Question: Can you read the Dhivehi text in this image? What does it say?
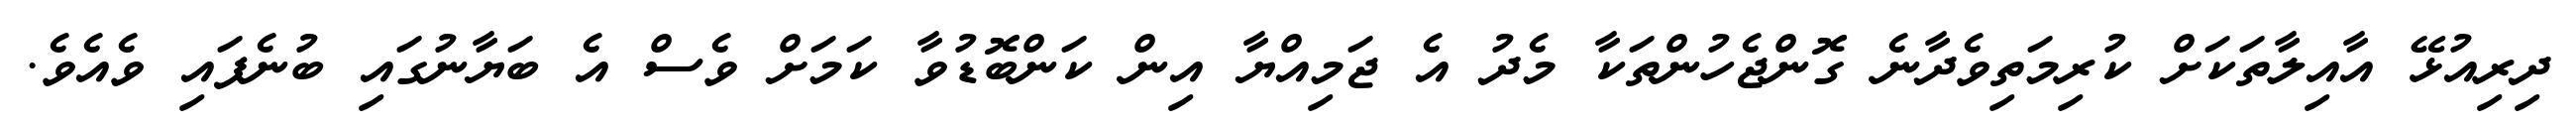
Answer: ދިރިއުޅޭ އާއިލާތަކަށް ކުރިމަތިވެދާނެ ގޮންޖެހުންތަކާ މެދު އެ ޖަމިއްޔާ އިން ކަންބޮޑުވާ ކަމަށް ވެސް އެ ބަޔާނުގައި ބުނެފައި ވެއެވެ.